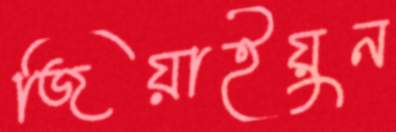
জিয়াইয়ুন